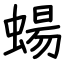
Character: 蝪